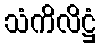
သံကိလိဋ္ဌံ